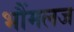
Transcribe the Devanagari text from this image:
भौंमलज